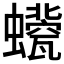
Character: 𧔀